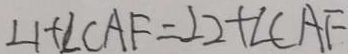
\angle 1 + \angle C A F = \angle 2 + \angle C A F